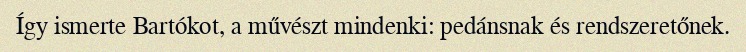
Így ismerte Bartókot, a művészt mindenki: pedánsnak és rendszeretőnek.